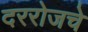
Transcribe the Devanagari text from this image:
दररोजचे